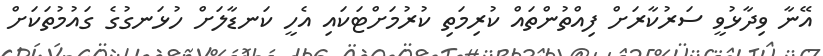
އޭނާ ވިދާޅުވީ ސަރުކާރަށް ފިއްތުންތައް ކުރިމަތި ކުރުމަށްޓަކައި އެހީ ކަނޑާލަށް ހުޅަނގުގެ ގައުމުތަކަށް